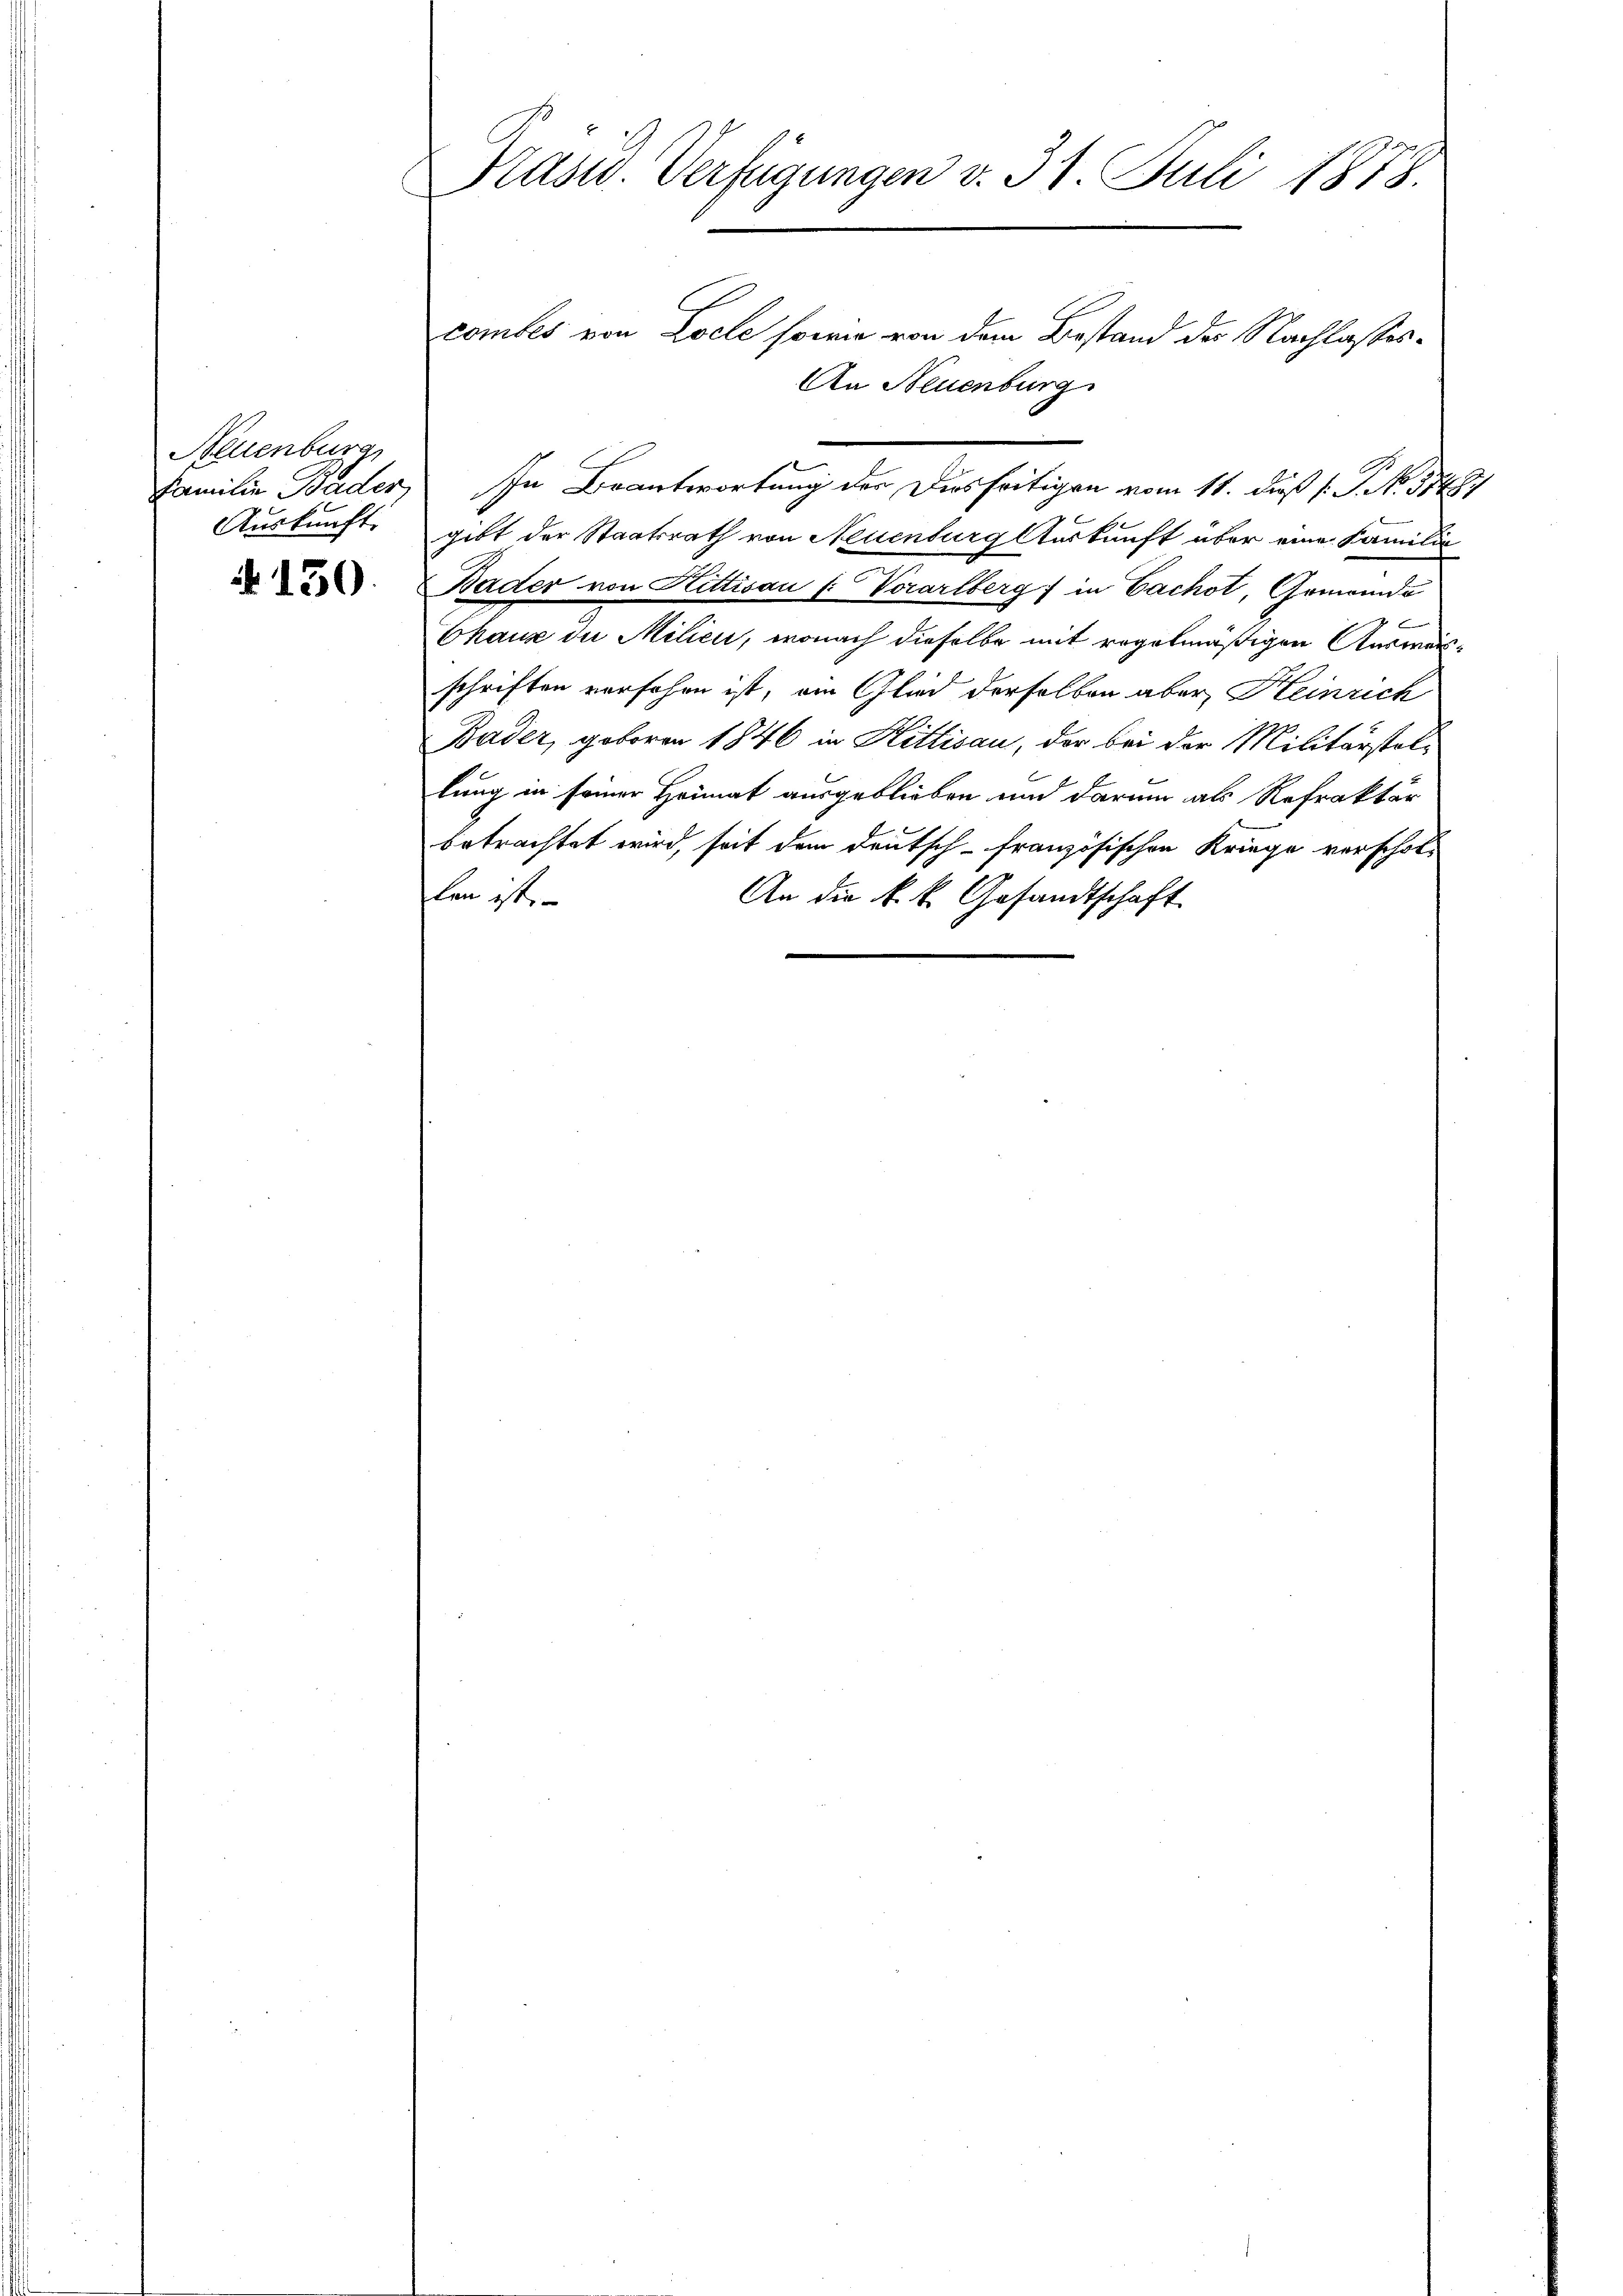
Neuenburg
Auskunft

N. 130.

& Präsid. Verfügungen v. 31. Juli 1878.

combes von Loele sowie von dem Bestand der Nachlasses
An Neuenburg
gibt der Staatsrath von Neuenburg Auskunft über eine Familie
Bader von Hittisau (: Vorarlberg in Pacht, Gemeinde
Chaux die Milići, wonach dieselbe mit regelmäßigen Auswärschriften verfahren ist, ein Glied derselben aber Heinrich
Bäder, geboren 1846 in Hitlisau, der bei der Militärstellung in seiner Heimat ausgeblieben und darum als Refraktär
betrachtet wird, seit dem deutsch-französischen Kriege verschol-
len ist
An die k. k. Gesandtschaft

Familie Bäder, In Beantwortung der Diesseitigen vom 11. dieß s. S. No. 51487